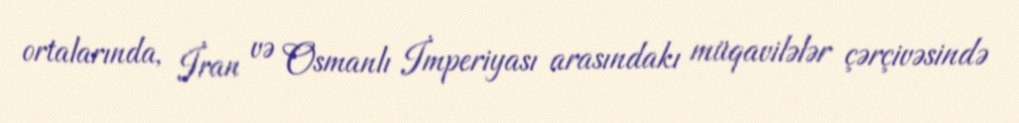
ortalarında, İran və Osmanlı İmperiyası arasındakı müqavilələr çərçivəsində